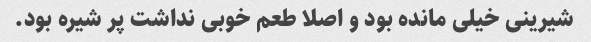
شیرینی خیلی مانده بود و اصلا طعم خوبی نداشت پر شیره بود.